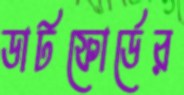
ডার্টফোর্ডের